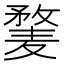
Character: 𱋥